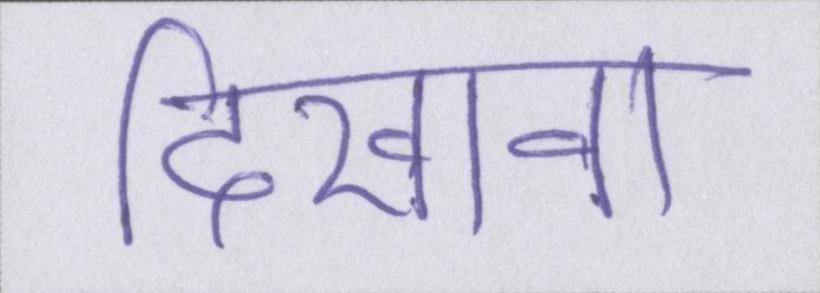
दिखावा